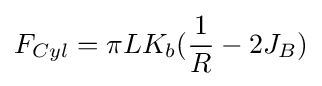
{F_{Cyl}}=\pi LK_{b}({\frac {1}{R}}-2J_{B})